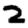
Digit: 2